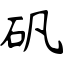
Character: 矾